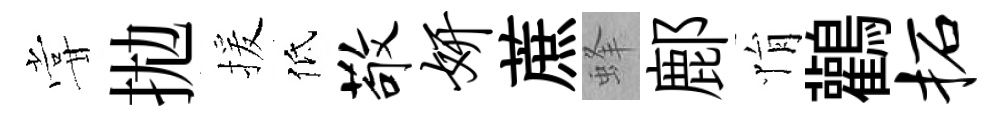
甞拋援低敬妍蔗蜂鄜悁鸛柘